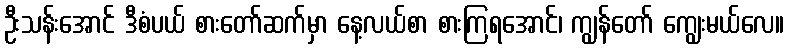
ဦးသန်းအောင် ဒီစံပယ် စားတော်ဆက်မှာ နေ့လယ်စာ စားကြရအောင်၊ ကျွန်တော် ကျွေးမယ်လေ။